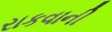
રાકવાની